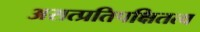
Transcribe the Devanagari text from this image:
असत्प्रतिपक्षितत्व